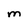
Character: M